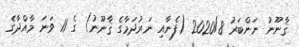
ޤާނޫނު ނަންބަރު 2020/8 (ފެނާއި ނަރުދަމާގެ ޤާނޫނު) ގެ 11 ވަނަ މާއްދާގެ